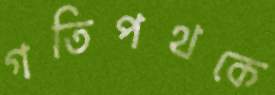
গতিপথকে